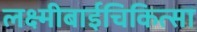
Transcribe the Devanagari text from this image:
लक्ष्मीबाईचिकित्सा